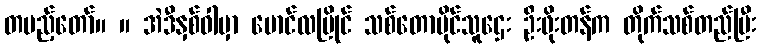
တပည့်တော်။ ။ အဲဒီနှစ်ဝါမှာ မောင်လမြိုင် သစ်တောပိုင်သူဌေး ဦးဖိုးတန်က တိုက်သစ်တည်ပြီး